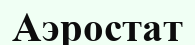
Аэростат